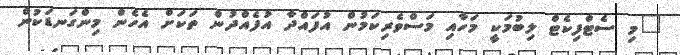
"މި ސެޓްފިކެޓް ލިބުމަކީ މަހާއި މަސްވެރިކަމުން އުފައްދާ އުފެއްދުން ތަކަށް އެހެން މިންގަނޑަކުން